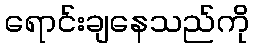
ရောင်းချနေသည်ကို